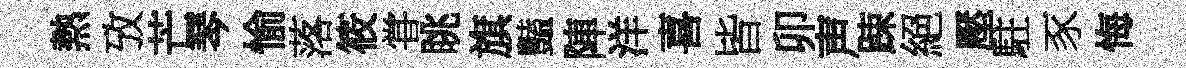
熱攷芒琴愉落筱甞眺旗豔陣洋喜皆卯声踈絕壓駐豕悔